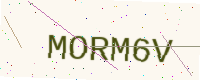
Text: MORM6V